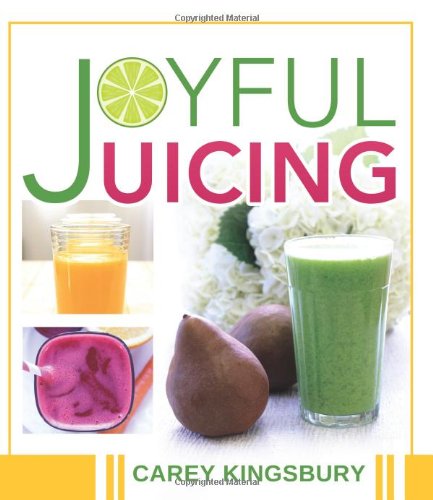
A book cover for Joyful Juicing; Carey Kingsbury; Cookbooks, Food & Wine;